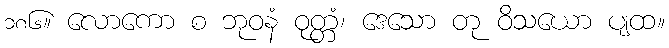
၁၈၆။ လောကော စ ဘုဝနံ ဝုတ္တံ၊ ဒေသော တု ဝိသယော ပျထ။